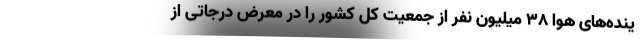
ینده‌های هوا ۳۸ میلیون نفر از جمعیت کل کشور را در معرض درجاتی از